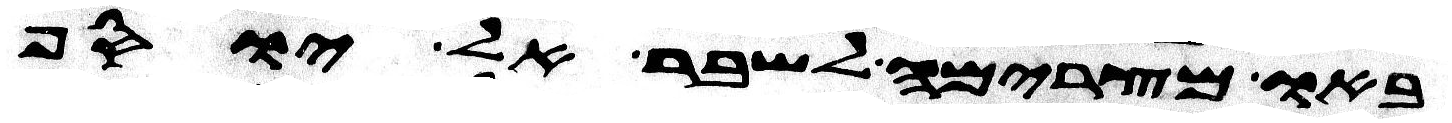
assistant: באו מצרימה לשבר אל יוסף